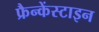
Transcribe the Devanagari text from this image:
फ्रैन्केंस्टाइन